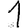
Digit: 1